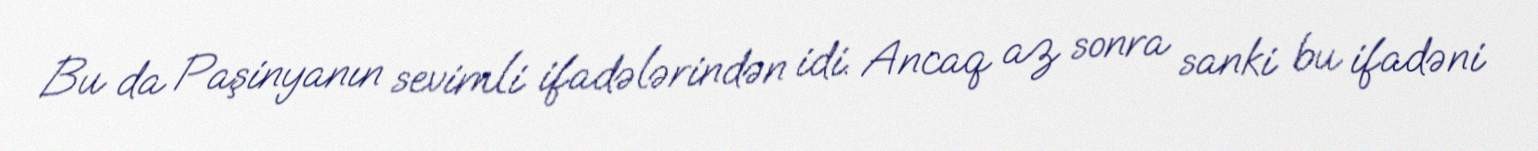
Bu da Paşinyanın sevimli ifadələrindən idi. Ancaq az sonra sanki bu ifadəni